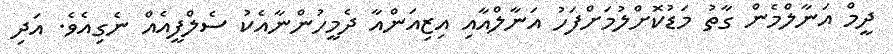
ދީމް އަނާލްމެން ގާތު މަޑުކޮށްލުމަށްފަހު އަނާލްއާއި އިޒިއަންއާ ދެމީހުންނާއެކު ސެލްފީއެއް ނެގިއެވެ. އަދި